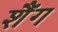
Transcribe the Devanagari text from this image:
शैंग